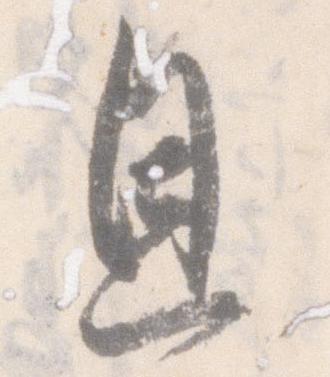
恩